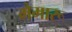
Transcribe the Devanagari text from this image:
मैमारू